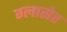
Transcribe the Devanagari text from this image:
ग्लासेर